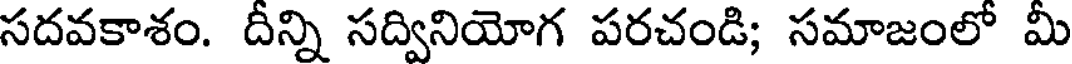
సదవకాశం. దీన్ని సద్వినియోగ పరచండి; సమాజంలో మీ